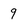
Character: 9